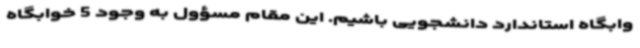
وابگاه استاندارد دانشجویی باشیم. این مقام مسؤول به وجود 5 خوابگاه